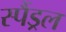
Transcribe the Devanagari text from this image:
स्पैंड्रल